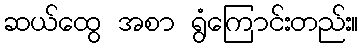
ဆယ်ထွေ အစာ ရွံကြောင်းတည်း။